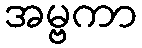
အမ္ဗကာ